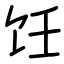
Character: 饪